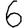
Digit: 6